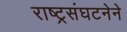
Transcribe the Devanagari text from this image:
राष्ट्रसंघटनेने